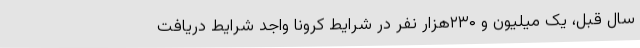
سال قبل، یک میلیون و ۲۳۰هزار نفر در شرایط کرونا واجد شرایط دریافت